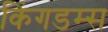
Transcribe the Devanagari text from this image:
किंगडम्स